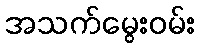
အသက်မွေးဝမ်း